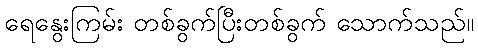
ရေနွေးကြမ်း တစ်ခွက်ပြီးတစ်ခွက် သောက်သည်။